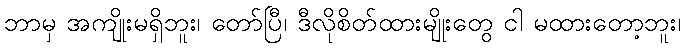
ဘာမှ အကျိုးမရှိဘူး၊ တော်ပြီ၊ ဒီလိုစိတ်ထားမျိုးတွေ ငါ မထားတော့ဘူး၊